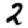
Digit: 2